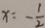
x = - \frac { 1 } { 2 }